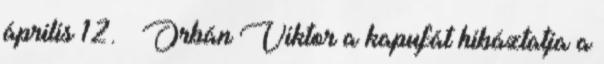
április 12. ↑ Orbán Viktor a kapufát hibáztatja a